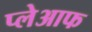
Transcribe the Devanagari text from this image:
प्लेआफ